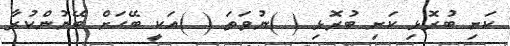
ކަށި ބުރޮޅި ކަށި ބުރޮޅި ( )ނުވަތަ ( )އަކީ ބޭހަށް ބޭނުންކުރާ